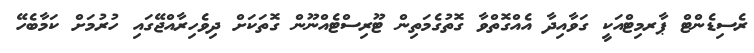
ރެސިޑެންޓް ޕާރމިޓްއަކީ ގަވާއިދާ އެއްގޮތްވާ ގޮތުގެމަތިން ޓޫރިސްޓެއްނޫން ގޮތަކަށް ދިވެހިރާއްޖޭގައި ހުރުމަށް ކަމާބެހޭ